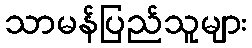
သာမန်ပြည်သူများ